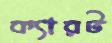
ক্যারট